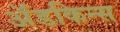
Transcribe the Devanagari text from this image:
अॅडकिन्स